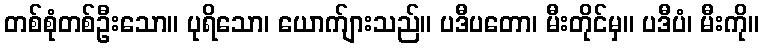
တစ်စုံတစ်ဦးသော။ ပုရိသော၊ ယောက်ျားသည်။ ပဒီပတော၊ မီးတိုင်မှ။ ပဒီပံ၊ မီးကို။